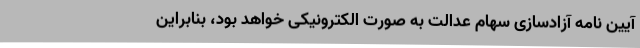
آیین نامه آزادسازی سهام عدالت به صورت الکترونیکی خواهد بود، بنابراین